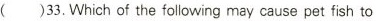
( )33.Which of the folowing may cause pet fish to